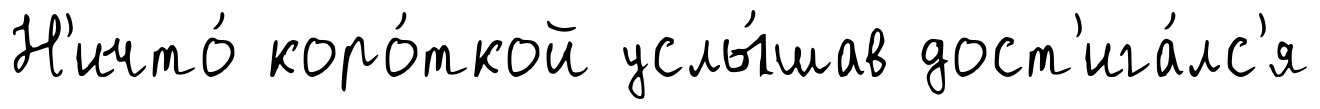
Н'ичто́ коро́ткой услы́шав дост'ига́лс'я